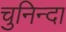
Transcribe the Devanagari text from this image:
चुनिन्‍दा